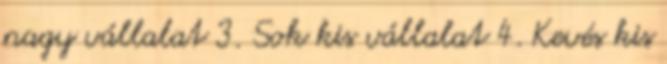
nagy vállalat 3. Sok kis vállalat 4. Kevés kis